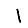
Digit: 1